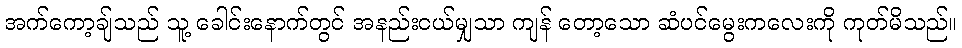
အက်ကော့ချ်သည် သူ့ ခေါင်းနောက်တွင် အနည်းငယ်မျှသာ ကျန် တော့သော ဆံပင်မွေးကလေးကို ကုတ်မိသည်။